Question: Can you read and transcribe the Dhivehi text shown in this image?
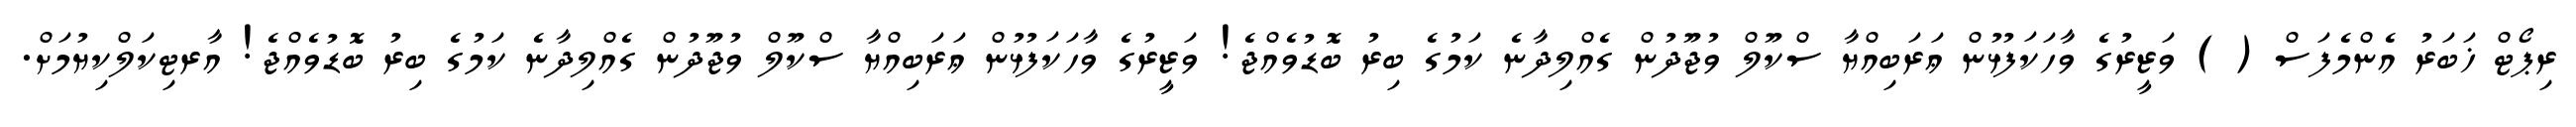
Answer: ރިޕޯޓް ޚަބަރު އެންމެފަސް ( ) ވަޒީރުގެ ވާހަކަފުޅުން ޢަރަބިއްޔާ ސްކޫލް ވުޖޫދުން ގެއްލިދާނެ ކަމުގެ ބިރު ބޮޑުވެއްޖެ! ވަޒީރުގެ ވާހަކަފުޅުން ޢަރަބިއްޔާ ސްކޫލް ވުޖޫދުން ގެއްލިދާނެ ކަމުގެ ބިރު ބޮޑުވެއްޖެ! އާރޓިކަލްކިޔުމަށް.